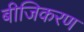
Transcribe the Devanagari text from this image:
बीजिकरण